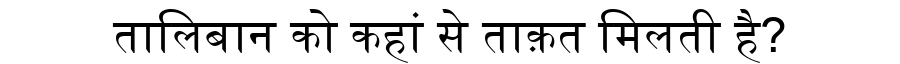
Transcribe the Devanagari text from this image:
तालिबान को कहां से ताक़त मिलती है?